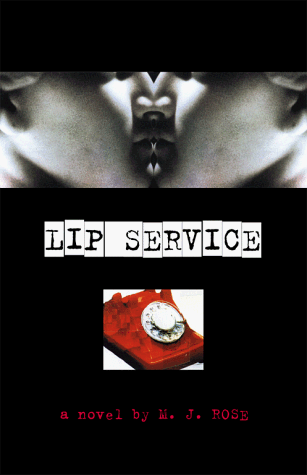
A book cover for Lip Service; M.J. Rose; Romance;